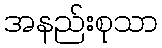
အနည်းစုသာ